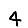
Digit: 4